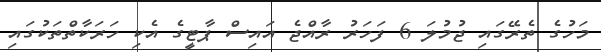
މަހުގެ ތެރޭގައި ޖުމުލަ 6 ފަހަރު ރާއްޖެ އައިސް ޕާޓީގެ އެކި ހަރަކާތްތަކުގައި